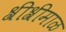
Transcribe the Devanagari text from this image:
श्रीश्रीमाळ